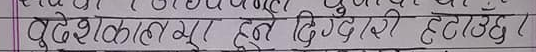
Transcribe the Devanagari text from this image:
बुदेश काल अनुसार हुने दिग्दारी हटाउँछ।